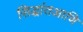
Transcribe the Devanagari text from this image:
सिद्धांतआणि